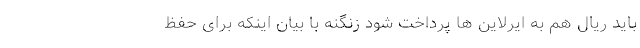
باید ریال هم به ایرلاین ها پرداخت شود زنگنه با بیان اینکه برای حفظ